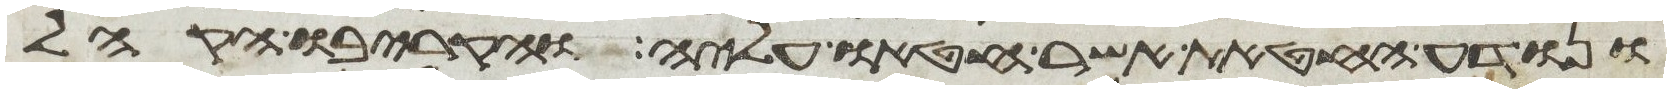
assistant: ונודע החטאת אשר חטאו עליה והקריבו הקהל